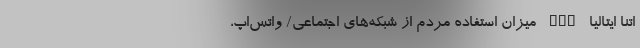
اتنا ایتالیا nan میزان استفاده مردم از شبکه‌های اجتماعی/ واتس‌اپ،